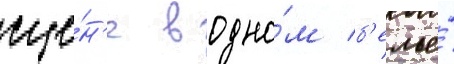
сце́н'е в одно́м б'елье́